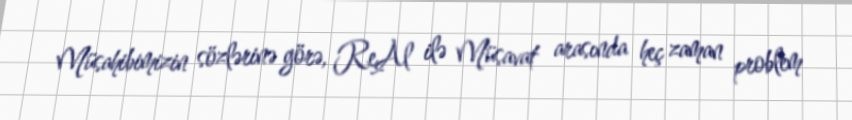
Müsahibimizin sözlərinə görə, ReAl ilə Müsavat arasında heç zaman problem